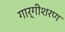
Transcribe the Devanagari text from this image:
गार्गीशरण